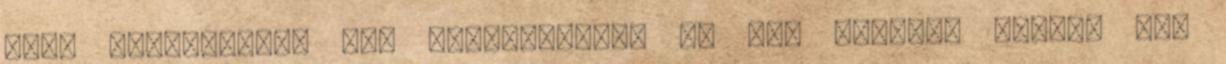
órát egyvégtében egy totyogóssal, és nem tudják, milyen az,